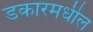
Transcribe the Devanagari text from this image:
डकारमधील